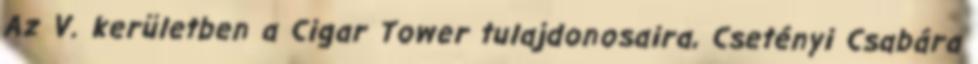
Az V. kerületben a Cigar Tower tulajdonosaira, Csetényi Csabára